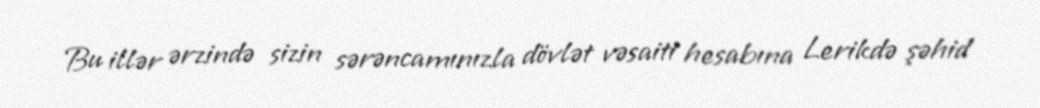
Bu illər ərzində sizin sərəncamınızla dövlət vəsaiti hesabına Lerikdə şəhid